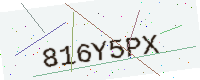
Text: 816Y5PX